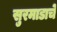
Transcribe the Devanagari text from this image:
सुरमाडाचे